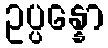
ဥပ္ပန္နော